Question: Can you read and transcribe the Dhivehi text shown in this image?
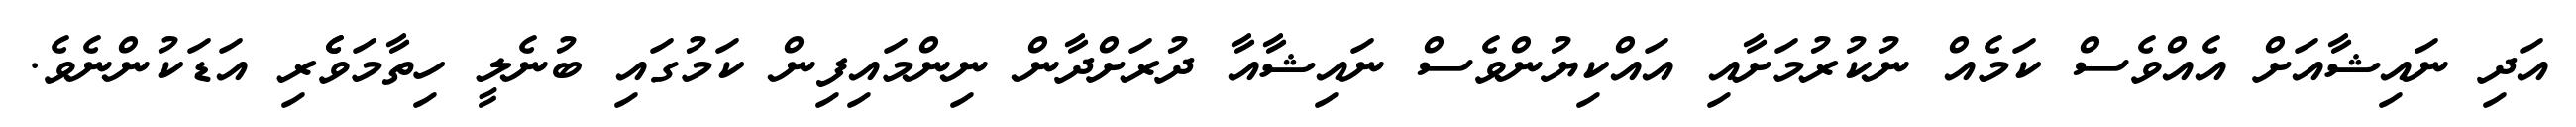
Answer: އަދި ނައިޝާއަށް އެއްވެސް ކަމެއް ނުކުރުމަށާއި އައްކިޔުންވެސް ނައިޝާއާ ދުރަށްދާން ނިންމައިފިން ކަމުގައި ބުނެލީ ހިތާމަވެެރި އަޑަކުންނެވެ.